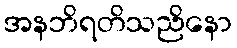
အနဘိရတိသညိနော